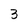
Character: 3